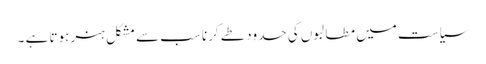
سیاست میں مطالبوں کی حدود طے کرنا سب سے مشکل ہنر ہوتا ہے ۔